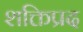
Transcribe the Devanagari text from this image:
शक्तिप्रद